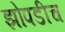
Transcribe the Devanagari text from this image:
झोपडीच